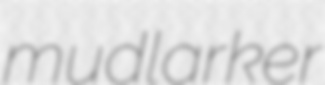
mudlarker